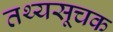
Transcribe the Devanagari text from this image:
तथ्यसूचक